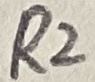
Text: R2